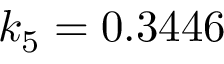
k _ { 5 } = 0 . 3 4 4 6